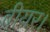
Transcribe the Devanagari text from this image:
बीयर।